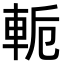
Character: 𨋜